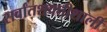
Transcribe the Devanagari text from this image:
सर्वांतशक्तीशाली